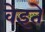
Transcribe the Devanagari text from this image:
वेइते